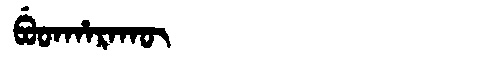
Manchu: ᠪᡠᡨᡥᠠᡵᠠᡴᡡ
Romanization: BUTHARAKŪ